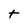
Character: t